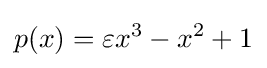
p(x)=\varepsilon x^{3}-x^{2}+1